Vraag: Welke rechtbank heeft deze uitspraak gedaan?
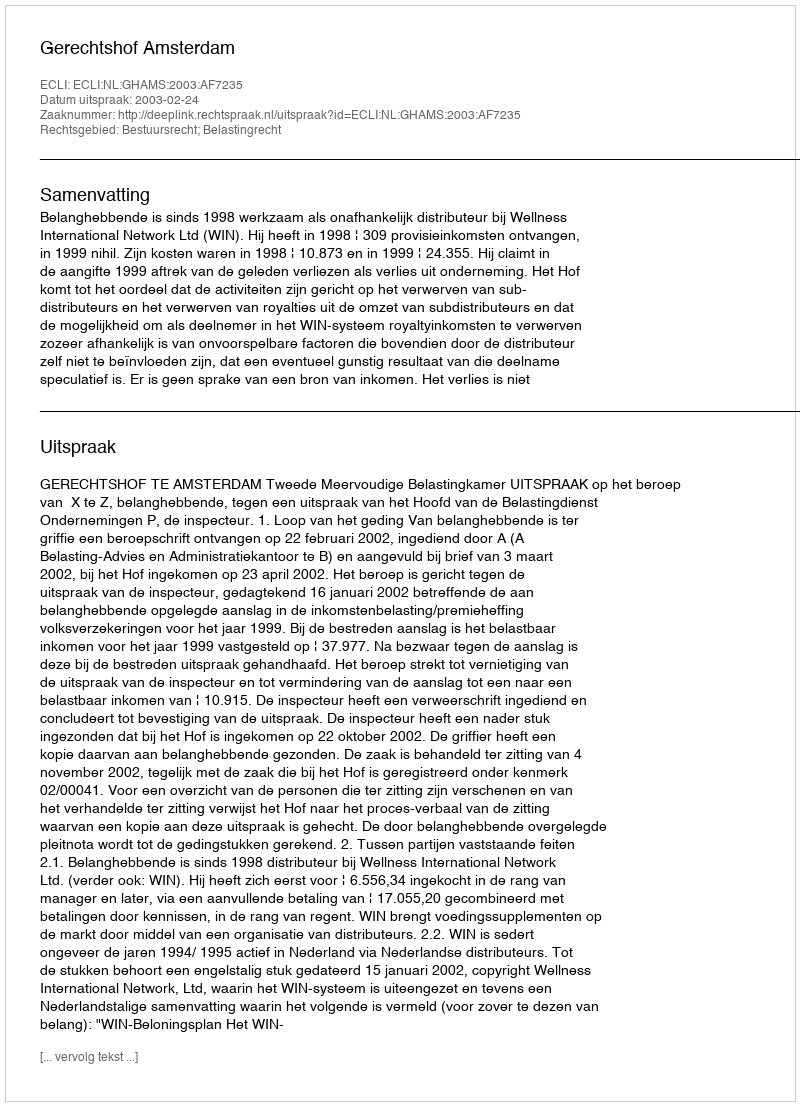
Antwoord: Gerechtshof Amsterdam